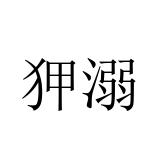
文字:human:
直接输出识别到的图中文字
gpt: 狎溺